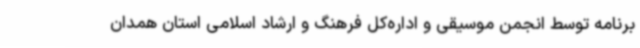
برنامه توسط انجمن موسیقی و اداره‌کل فرهنگ و ارشاد اسلامی استان همدان